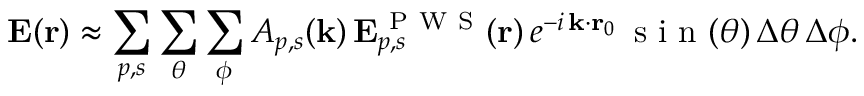
\mathbf { E } ( \mathbf { r } ) \approx \sum _ { p , s } \sum _ { \theta } \sum _ { \phi } A _ { p , s } ( \mathbf { k } ) \, \mathbf { E } _ { p , s } ^ { \mathrm { ~ P ~ W ~ S ~ } } ( \mathbf { r } ) \, e ^ { - i \, \mathbf { k } \cdot \mathbf { r } _ { 0 } } \, \mathrm { ~ s ~ i ~ n ~ } ( \theta ) \, \Delta \theta \, \Delta \phi .